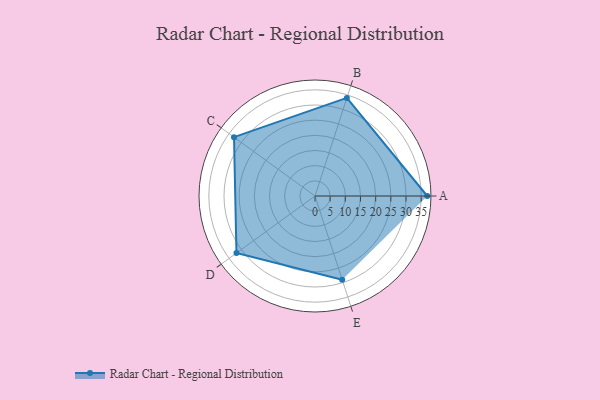
{"axis": {"x": "Skill", "y": "Score"}, "legend": ["Profile"], "data": [{"x": "A", "y": 37.0, "type": "Profile"}, {"x": "B", "y": 34.0, "type": "Profile"}, {"x": "C", "y": 33.0, "type": "Profile"}, {"x": "D", "y": 32.0, "type": "Profile"}, {"x": "E", "y": 29.0, "type": "Profile"}]}